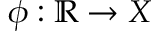
\phi : \mathbb { R } \to X